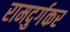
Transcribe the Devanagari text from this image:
रामदुर्गकर